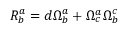
R _ { b } ^ { a } = d \Omega _ { b } ^ { a } + \Omega _ { c } ^ { a } \Omega _ { b } ^ { c }